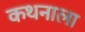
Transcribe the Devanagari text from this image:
कथनाला